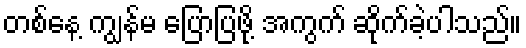
တစ်နေ့ ကျွန်မ ပြောပြဖို့ အကွက် ဆိုက်ခဲ့ပါသည်။